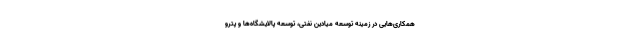
همکاری‌هایی در زمینه توسعه میادین نفتی، توسعه پالایشگاه‌ها و پترو